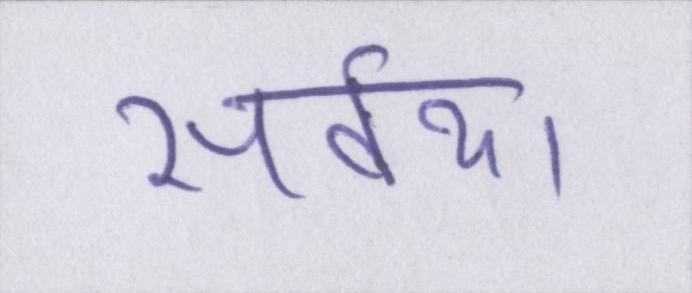
सर्वथा